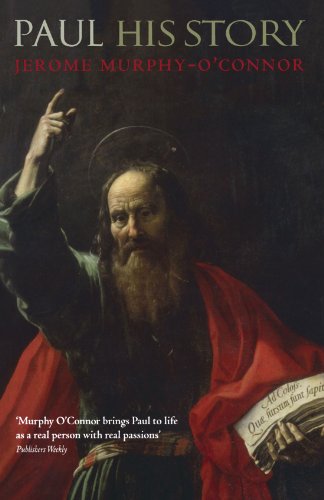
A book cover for Paul: His Story; Jerome Murphy-O'Connor; Christian Books & Bibles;